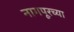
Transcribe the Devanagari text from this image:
नागपूरच्‍या